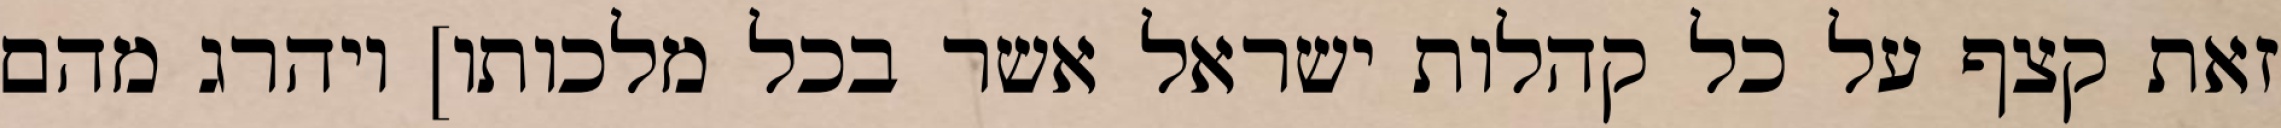
זאת קצף על כל קהלות ישראל אשר בכל מלכותו] ויהרג מהם